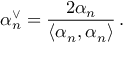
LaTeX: \alpha _ { n } ^ { \vee } = \frac { 2 \alpha _ { n } } { \langle \alpha _ { n } , \alpha _ { n } \rangle } \, .